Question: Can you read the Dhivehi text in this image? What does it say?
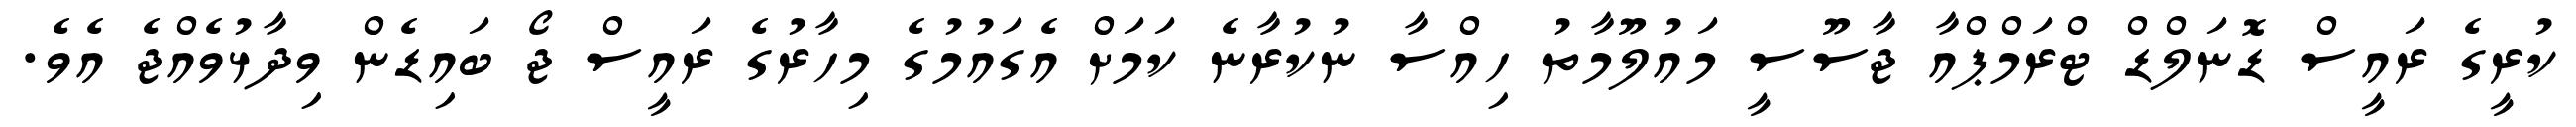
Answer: ކުރީގެ ރައީސް ޑޮނަލްޑް ޓްރަމްޕްއާ ޖާސޫސީ މައުލޫމާތު ހިއްސާ ނުކުރާނެ ކަމަށް އެގައުމުގެ މިހާރުގެ ރައީސް ޖޯ ބައިޑެން ވިދާޅުވެއްޖެ އެވެ.